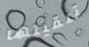
تلقيتها